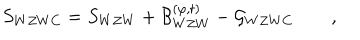
LaTeX: S _ { W Z W C } = S _ { W Z W } + { \cal B } _ { W Z W } ^ { ( \varphi , t ) } - { \cal G } _ { W Z W C } \qquad ,